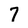
Character: 7